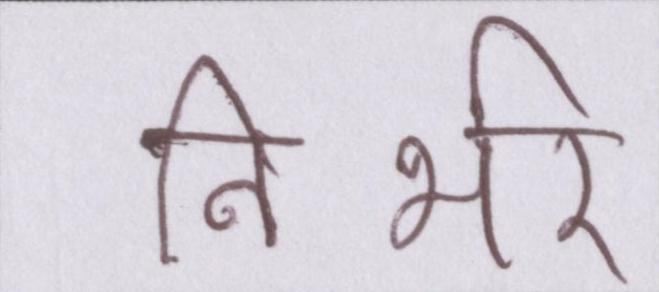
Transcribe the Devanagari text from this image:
निर्भर